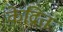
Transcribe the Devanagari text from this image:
केद्रिंत